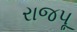
રાજપૂ